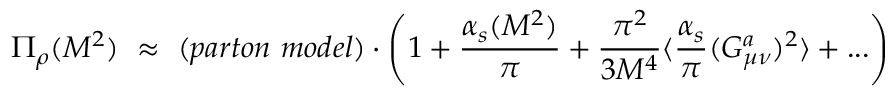
\Pi _ { \rho } ( M ^ { 2 } ) ~ \approx ~ ( p a r t o n ~ m o d e l ) \cdot \left( 1 + { \frac { \alpha _ { s } ( M ^ { 2 } ) } { \pi } } + { \frac { \pi ^ { 2 } } { 3 M ^ { 4 } } } \langle { \frac { \alpha _ { s } } { \pi } } ( G _ { \mu \nu } ^ { a } ) ^ { 2 } \rangle + . . . \right)